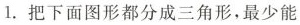
1.把下面图形都分成三角形，最少能